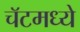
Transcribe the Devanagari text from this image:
चॅटमध्ये